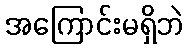
အကြောင်းမရှိဘဲ